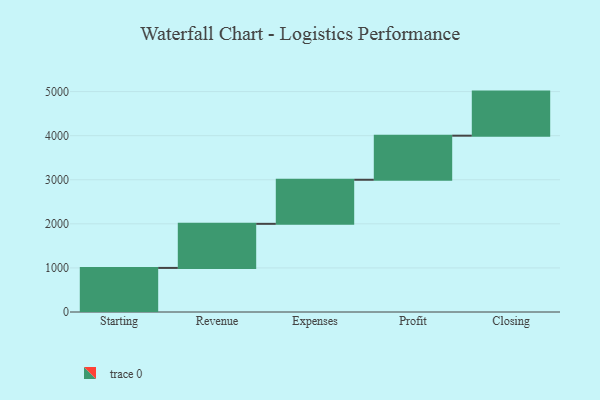
{"axis": {"x": "Step", "y": "Value"}, "legend": [""], "data": [{"x": "Starting", "y": 1000, "type": ""}, {"x": "Revenue", "y": 1000, "type": ""}, {"x": "Expenses", "y": 1000, "type": ""}, {"x": "Profit", "y": 1000, "type": ""}, {"x": "Closing", "y": 1000, "type": ""}]}